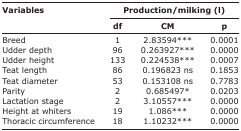
<table><thead><tr><td rowspan="3"><b>Variables</b></td><td colspan="3"><b>Production/milking (l)</b></td></tr><tr><td><b>df</b></td><td><b>CM</b></td><td><b>p</b></td></tr></thead><tbody><tr><td>Breed</td><td>1</td><td>2.83594***</td><td>0.0001</td></tr><tr><td>Udder depth</td><td>96</td><td>0.263927***</td><td>0.0000</td></tr><tr><td>Udder height</td><td>133</td><td>0.224538***</td><td>0.0007</td></tr><tr><td>Teat length</td><td>86</td><td>0.196823 ns</td><td>0.1853</td></tr><tr><td>Teat diameter</td><td>53</td><td>0.153108 ns</td><td>0.7783</td></tr><tr><td>Parity</td><td>2</td><td>0.685497*</td><td>0.0203</td></tr><tr><td>Lactation stage</td><td>2</td><td>3.10557***</td><td>0.0000</td></tr><tr><td>Height at whiters</td><td>19</td><td>1.086***</td><td>0.0000</td></tr><tr><td>Thoracic circumference</td><td>18</td><td>1.10232***</td><td>0.0000</td></tr></tbody></table>